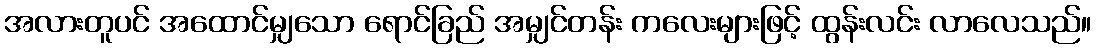
အလားတူပင် အထောင်မျှသော ရောင်ခြည် အမျှင်တန်း ကလေးများဖြင့် ထွန်းလင်း လာလေသည်။